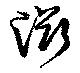
渕